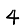
Digit: 4